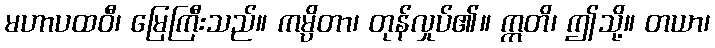
မဟာပထဝီ၊ မြေကြီးသည်။ ကမ္ပိတာ၊ တုန်လှုပ်၏။ ဣတိ၊ ဤသို့။ တယာ၊